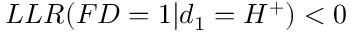
L L R ( F D = 1 | d _ { 1 } = H ^ { + } ) < 0